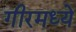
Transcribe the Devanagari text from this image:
गीरमध्ये